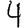
Digit: 4